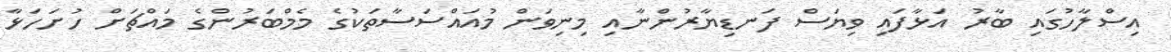
އިސްލާހުގައި ބާރު އަޅާފައި ވިޔަސް ފަނޑިޔާރުންނާއި މިނިވަން މުއައްސަސާތަކުގެ މެމްބަރުންގެ މައްޗަށް ހުށަހަޅާ